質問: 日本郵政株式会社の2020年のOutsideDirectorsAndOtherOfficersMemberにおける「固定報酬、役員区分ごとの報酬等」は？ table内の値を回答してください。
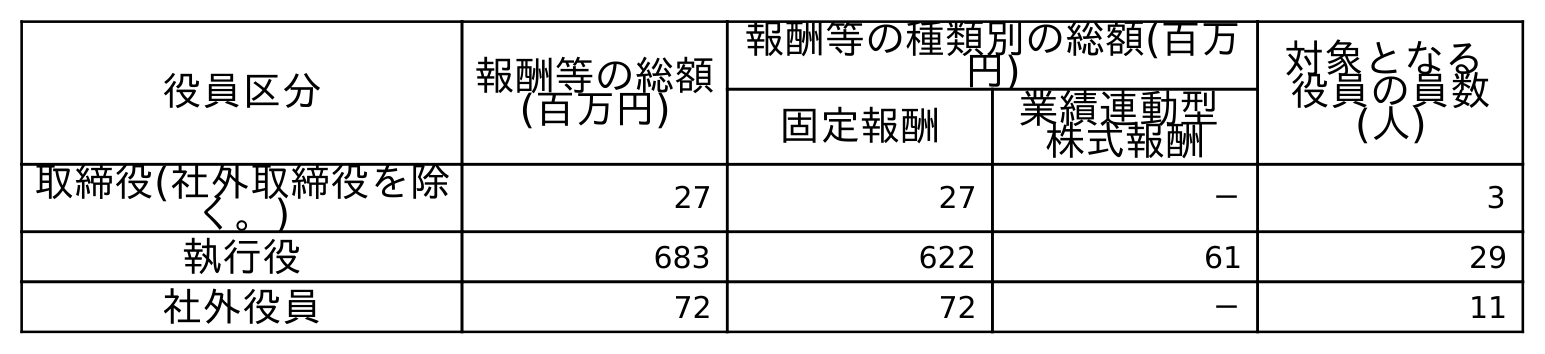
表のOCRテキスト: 役員区分 報酬等の総額 (百万円) 報酬等の種類別の総額(百万 円) 対象となる 役員の員数 (人) 固定報酬 業績連動型 株式報酬 取締役(社外取締役を除 く。) 27 27 － 3 執行役 683 622 61 29 社外役員 72 72 － 11
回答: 72